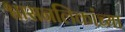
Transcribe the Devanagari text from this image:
श्वासनलिकांच्या